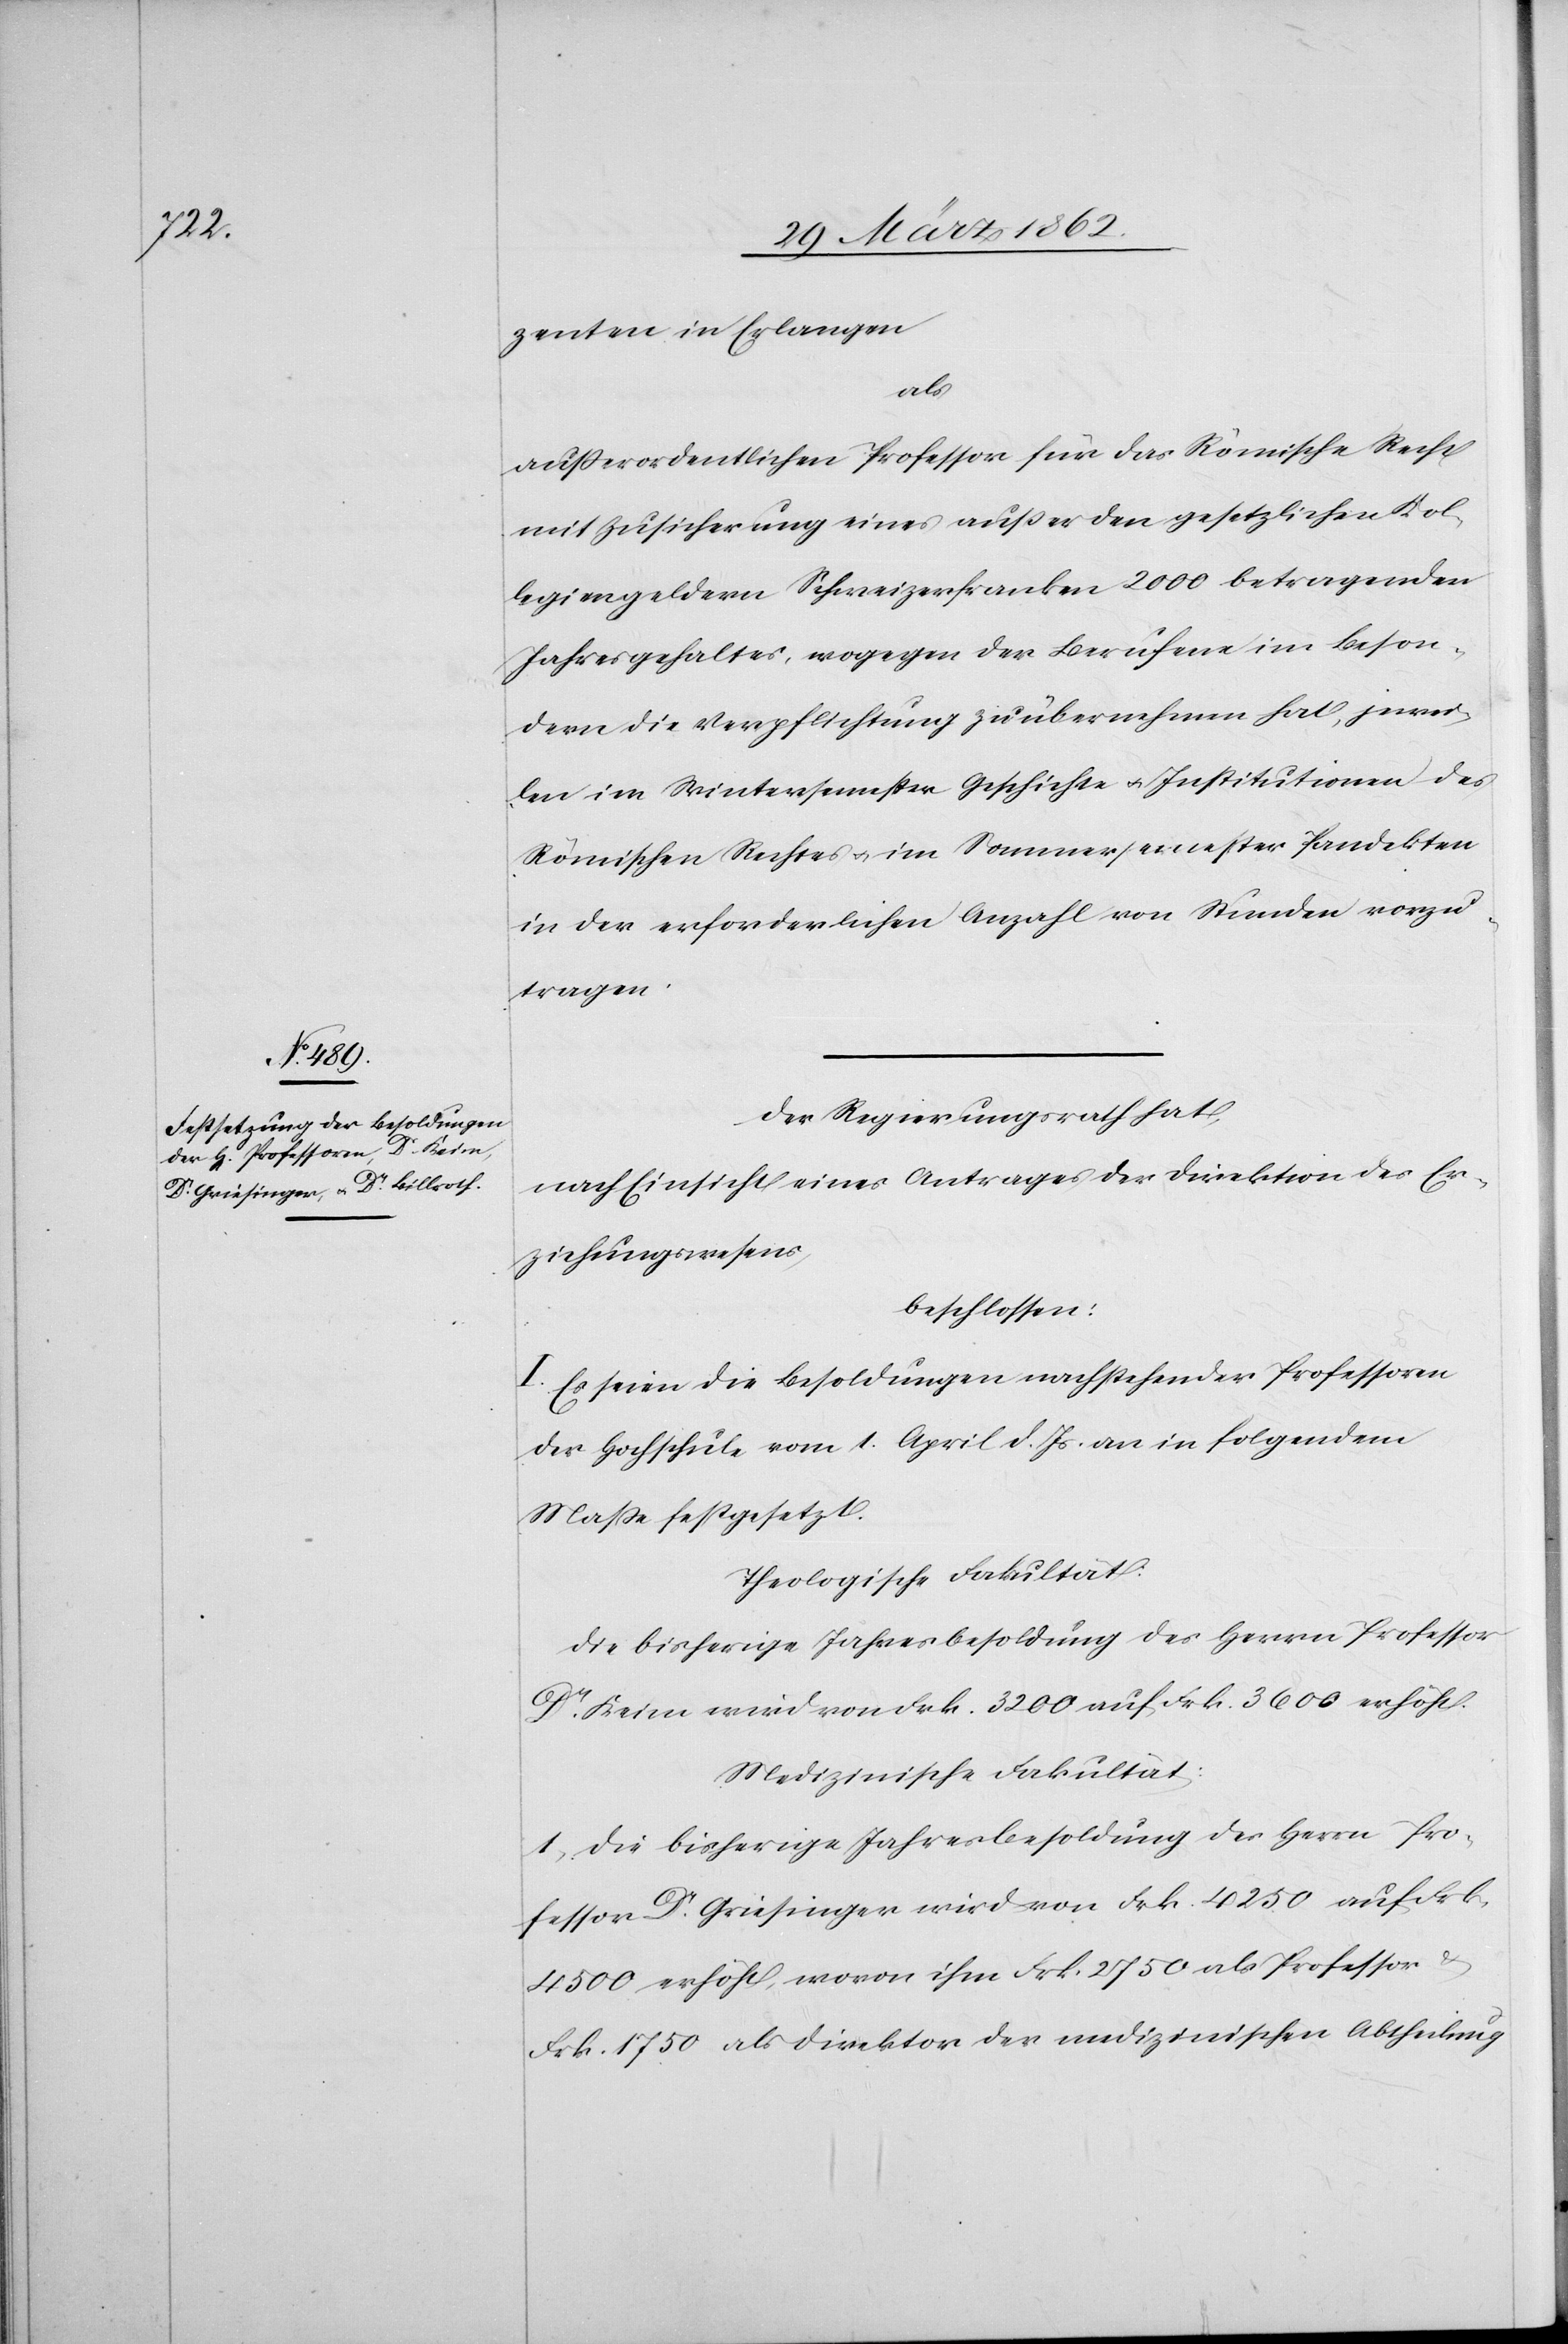
zenten in Erlangen
als
außerordentlichen Professor für das Römische Recht
mit Zusicherung eines außer den gesetzlichen Kol¬
legiengeldern Schweizerfranken 2000 betragenden
Jahresgehaltes, wogegen der Berufene im Beson¬
dern die Verpflichtung zu übernehmen hat, jewei¬
len im Wintersemester Geschichte u. Institutionen des
Römischen Rechtes u. im Sommersemester Pandekten
in der erforderlichen Anzahl von Stunden vorzu¬
tragen.
Der Regierungsrath hat,
nach Einsicht eines Antrages der Direktion des Er¬
ziehungswesens,
beschlossen:
I. Es seien die Besoldungen nachstehender Professoren
der Hochschule vom 1. April d. Js. an in folgendem
Maße festgesetzt.
Theologische Fakultät:
Die bisherige Jahresbesoldung des Herrn Professor
Dr. Keim wird von Frk. 3200 auf Frk. 3600 erhöht.
Medizinische Fakultät:
1. Die bisherige Jahresbesoldung des Herrn Pro¬
fessor Dr. Griesinger wird von Frk. 4250 auf Frk.
4500 erhöht, wovon ihm Frk. 2750 als Professor
Frk. 1750 als Direktor der medizinischen Abtheilung